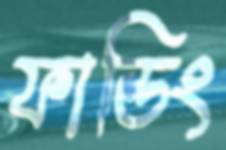
ফান্ডিং